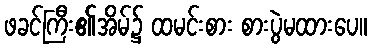
ဖခင်ကြီး၏အိမ်၌ ထမင်းစား စားပွဲမထားပေ။